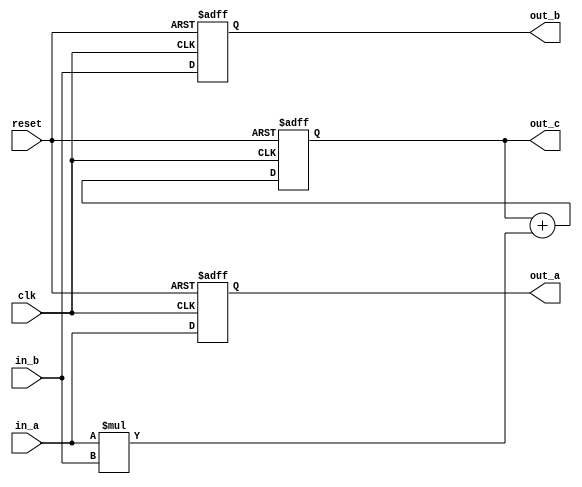
module Systolic_array (
    input clk, reset,
    input [7:0] in_a, in_b,
    output reg [7:0] out_a, out_b,
    output reg [16:0] out_c
);

    always @(posedge clk or posedge reset) 
		begin
			if (reset) begin
				out_a <= 8'b0;
				out_b <= 8'b0;
				out_c <= 17'b0;
        end
			else 
				begin
					out_c <= out_c + (in_a * in_b);
					out_a <= in_a;
					out_b <= in_b;
				end
			end
endmodule